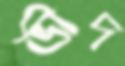
ভীদ